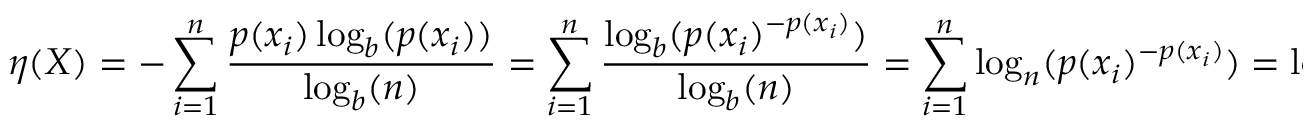
\eta ( X ) = - \sum _ { i = 1 } ^ { n } { \frac { p ( x _ { i } ) \log _ { b } ( p ( x _ { i } ) ) } { \log _ { b } ( n ) } } = \sum _ { i = 1 } ^ { n } { \frac { \log _ { b } ( p ( x _ { i } ) ^ { - p ( x _ { i } ) } ) } { \log _ { b } ( n ) } } = \sum _ { i = 1 } ^ { n } \log _ { n } ( p ( x _ { i } ) ^ { - p ( x _ { i } ) } ) = \log _ { n } ( \prod _ { i = 1 } ^ { n } p ( x _ { i } ) ^ { - p ( x _ { i } ) } )